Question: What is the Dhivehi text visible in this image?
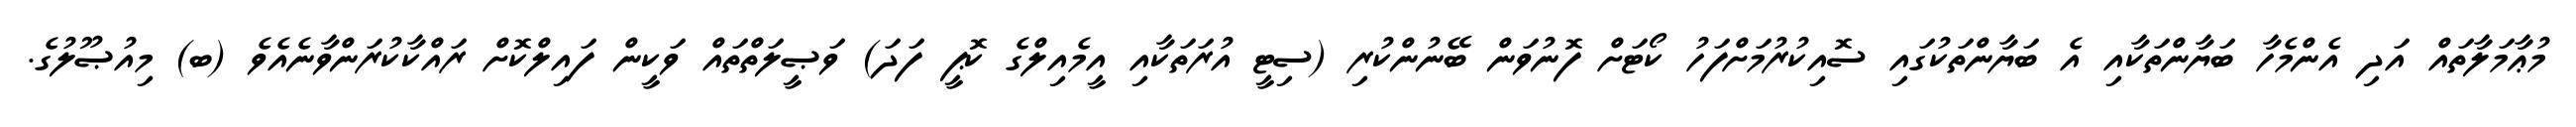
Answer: މުޢާމަލާތައް އަދި އެންމެހާ ބަޔާންތަކާއި އެ ބަޔާންތަކުގައި ސޮއިކުރުމަށްފަހު ކޯޓަށް ފޮނުވަން ބޭނުންކުރި (ސިޓީ އުރަތަކާއި އީމެއިލްގެ ކޮޕީ ފަދަ) ވަޞީލަތްތައް ވަކީން ފައިލްކޮށް ރައްކާކުރަންވާނެއެވެ (ބ) މިއުޞޫލުގެ.